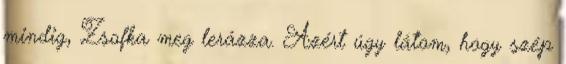
mindig, Zsofka meg lerázza. Azért úgy látom, hogy szép